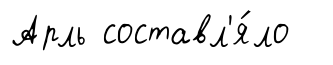
Арль составл'я́ло